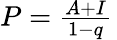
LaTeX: \textstyle P={\frac{A+I}{1-q}}\,